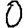
Digit: 0